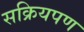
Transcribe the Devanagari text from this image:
सक्रियपण